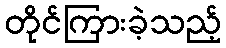
တိုင်ကြားခဲ့သည့်